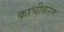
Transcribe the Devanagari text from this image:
काचीकरण